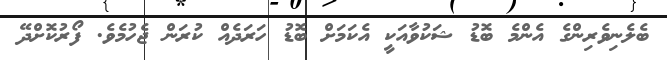
ބެލެނިވެރިންގެ އެންމެ ބޮޑު ޝަކުވާއަކީ އެކަމަށް ބޮޑު ހަރަދެއް ކުރަން ޖެހުމެވެ. ފޯރުކޮށްދޭ